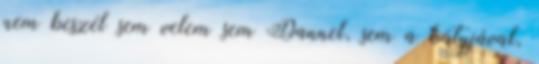
nem beszél sem velem sem Dannel, sem a bátyjával,